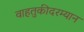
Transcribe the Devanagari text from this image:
वाहतुकीदरम्यान